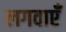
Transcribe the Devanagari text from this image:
लगवाएँ